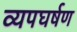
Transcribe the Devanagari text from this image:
व्यपघर्षण